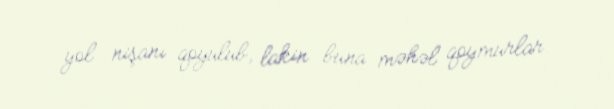
yol nişanı qoyulub, lakin buna məhəl qoymurlar.